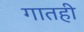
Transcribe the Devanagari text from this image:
गातही